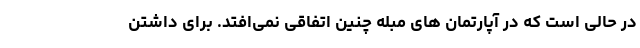
در حالی است که در آپارتمان های مبله چنین اتفاقی نمی‌افتد. برای داشتن